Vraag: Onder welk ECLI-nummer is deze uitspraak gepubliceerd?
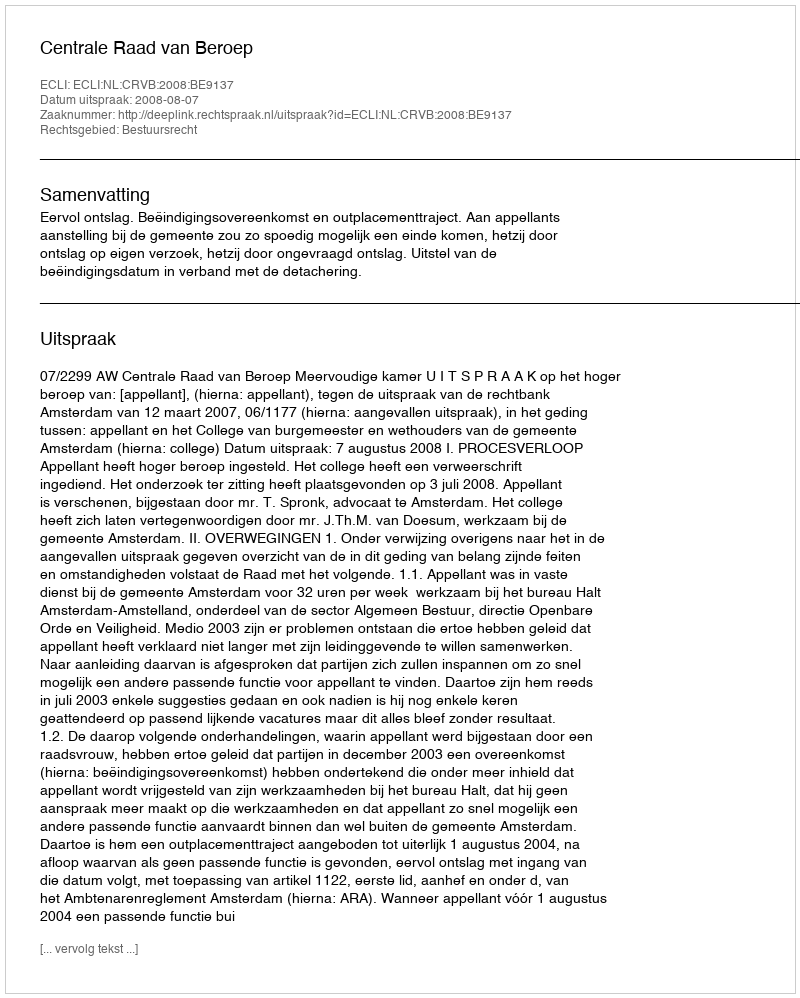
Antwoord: ECLI:NL:CRVB:2008:BE9137